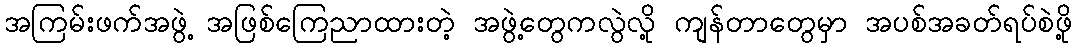
အကြမ်းဖက်အဖွဲ့ အဖြစ်ကြေညာထားတဲ့ အဖွဲ့တွေကလွဲလို့ ကျန်တာတွေမှာ အပစ်အခတ်ရပ်စဲဖို့